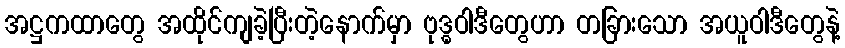
အဋ္ဌကထာတွေ အထိုင်ကျခဲ့ပြီးတဲ့နောက်မှာ ဗုဒ္ဓဝါဒီတွေဟာ တခြားသော အယူဝါဒီတွေနဲ့